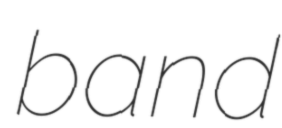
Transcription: band